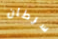
سرطان